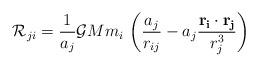
LaTeX: \begin{align*} \mathcal{R}_{ji}=\frac{1}{a_j}\mathcal{G}Mm_i\ \bigg(\frac{a_j}{r_{ij}}-a_j\frac{\mathbf{r_i}\cdot\mathbf{r_j}}{r_j^3}\bigg)\end{align*}